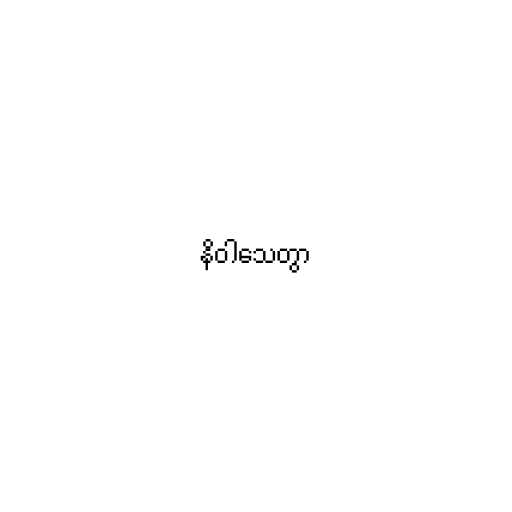
နိဝါသေတွာ